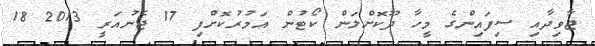
ޖާވިދާއި ސިފައިންގެ މީހާ ދޫކޮށްލަން ކޯޓުން އަމުރުކޮށްފި 17 ޖެނުއަރީ 2013 18